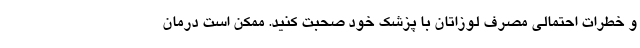
و خطرات احتمالی مصرف لوزاتان با پزشک خود صحبت کنید. ممکن است درمان